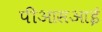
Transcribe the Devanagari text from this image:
पीआसआई